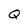
Character: Q